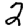
Digit: 2